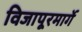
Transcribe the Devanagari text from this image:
विजापूरमार्गे